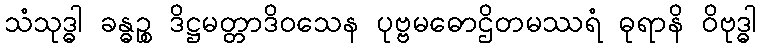
သံသုဒ္ဓါ ခန္ဓဉ္စ ဒိဋ္ဌမတ္တာဒိဝသေန ပုဗ္ဗမဓောဌိတမဿရံ ဓုရာနိ ဝိဗုဒ္ဓါ